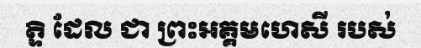
ត្ទិ ដែល ជា ព្រះអគ្គមហេសី របស់